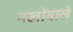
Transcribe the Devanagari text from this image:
नखोंवाले